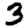
Digit: 3